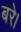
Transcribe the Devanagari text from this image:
बरे।